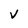
Character: V